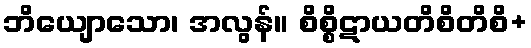
ဘိယျောသော၊ အလွန်။ စိစ္စိဋာယတိစိတိစိ+